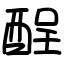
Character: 酲